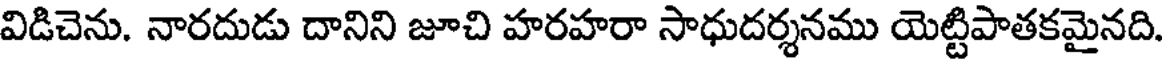
విడిచెను. నారదుడు దానిని జూచి హరహరా సాధుదర్శనము యెట్టిపాతకమైనది.